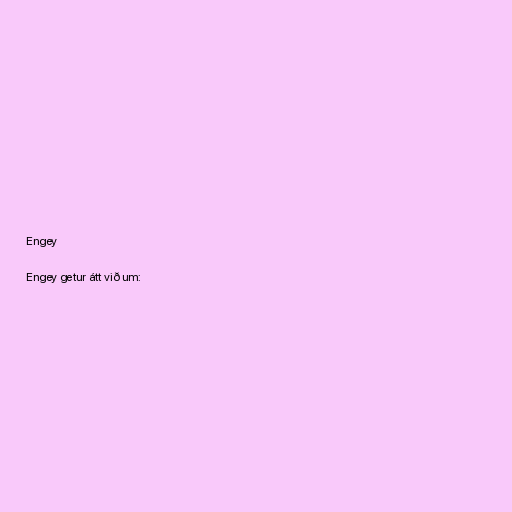
Engey

Engey getur átt við um: